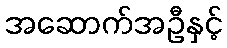
အဆောက်အဦနှင့်